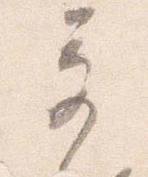
奇